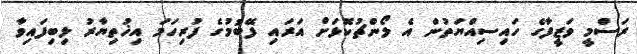
ރަސްމީ ވަޒީފާގެ ހައިސިއްޔަތުން އެ ލޯންޗުކޮޅަށް އަރައި ފޭބުމުގެ ފުރިހަމަ އިޚުތިޔާރު ލިބިފައިވާ